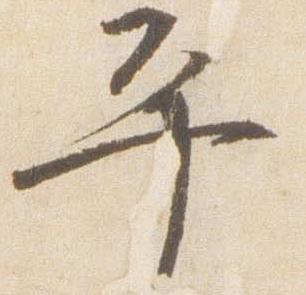
平